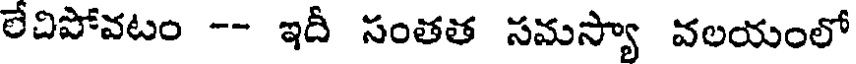
లేదిపోవటం -- ఇదీ సంతత సమస్యా వలయంలో